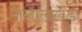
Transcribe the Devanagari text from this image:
जलालखेडा